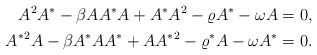
\begin{align*} A^2 A^* - \beta A A^* A + A^* A^2 - \varrho A^* - \omega A &= 0, \\ {A^*}^2 A - \beta A^* A A^* + A {A^*}^2 - \varrho^* A - \omega A^* &= 0. \end{align*}